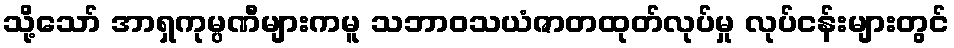
သို့သော် အာရှကုမ္ပဏီများကမူ သဘာဝသယံဇာတထုတ်လုပ်မှု လုပ်ငန်းများတွင်